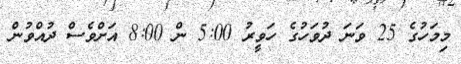
މިމަހުގެ 25 ވަނަ ދުވަހުގެ ހަވީރު 5:00 ން 8:00 އަށްވެސް ދުއްވުން